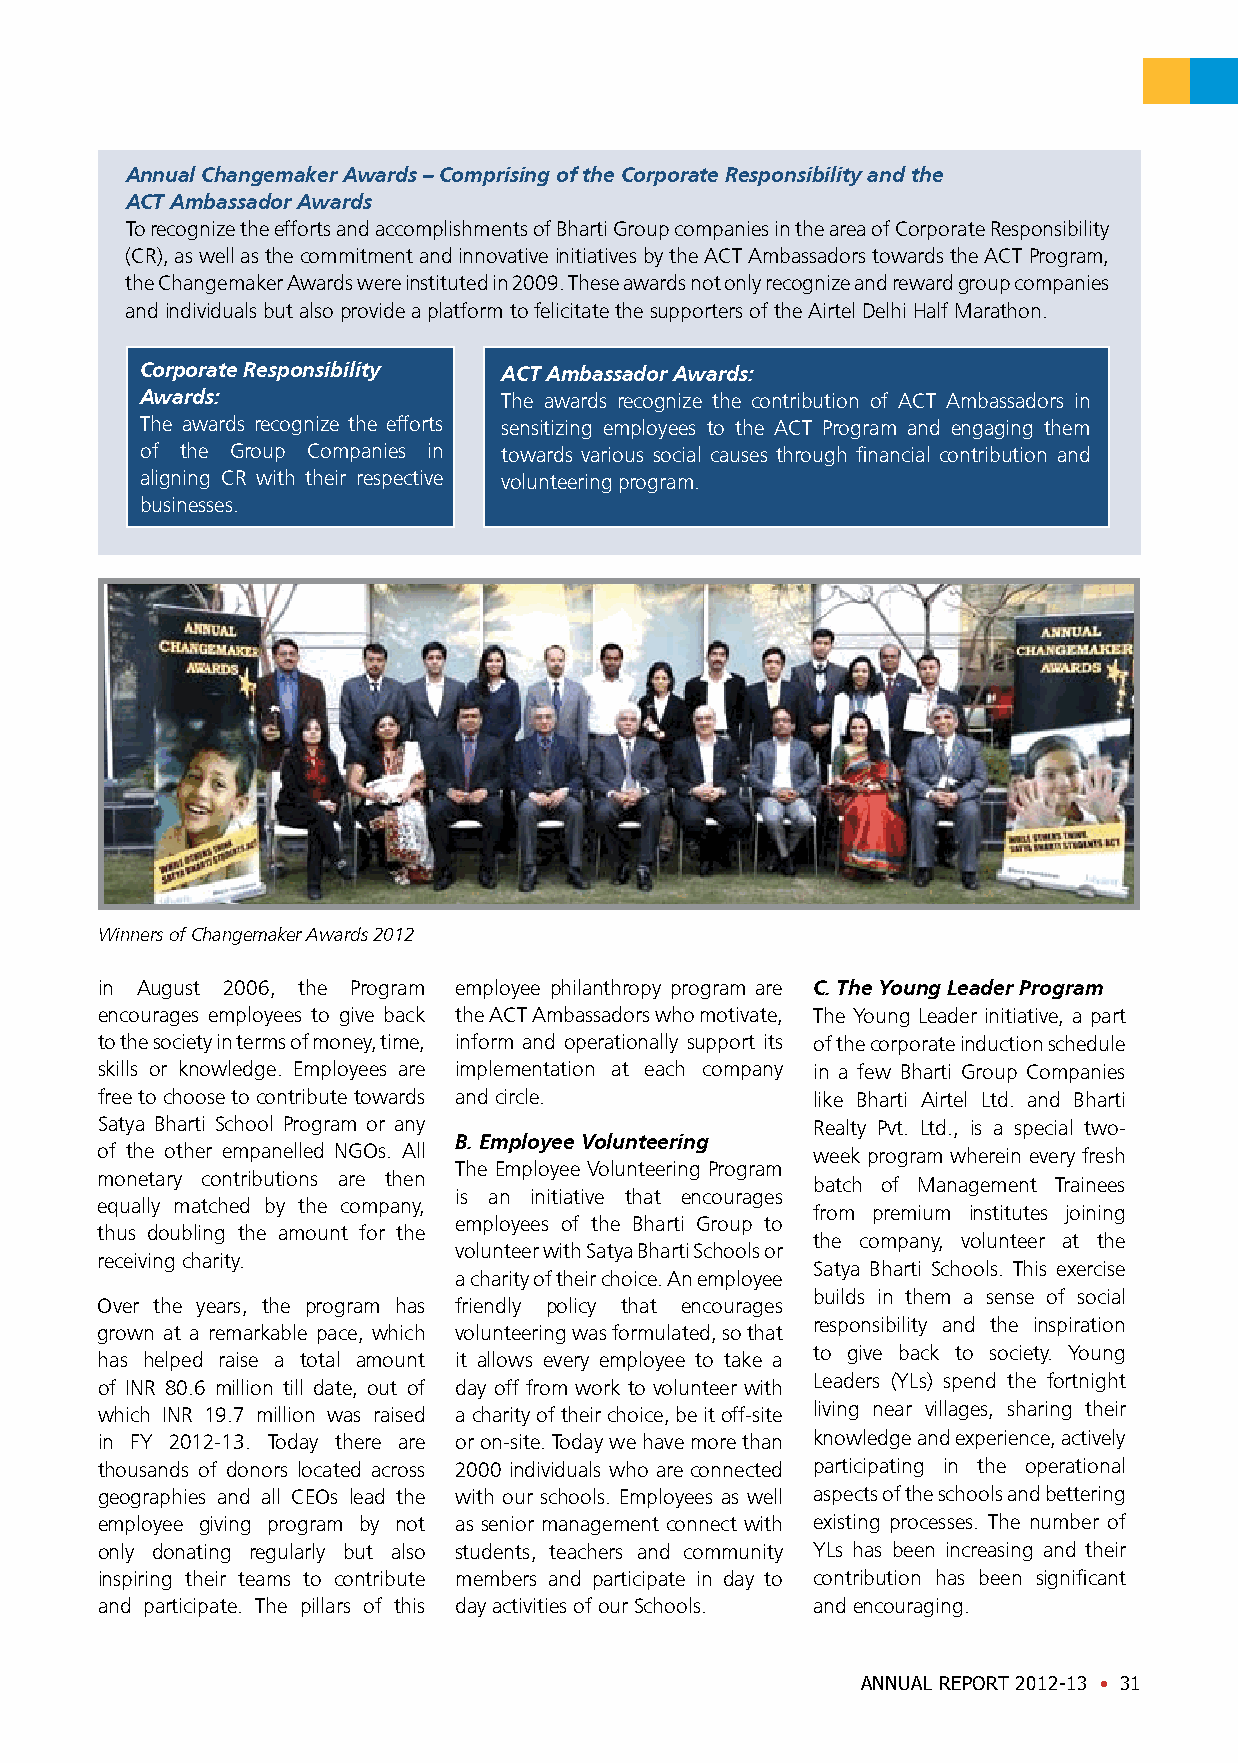
Annual Changemaker Awards – Comprising of the Corporate Responsibility and the
 ACT Ambassador Awards
 To recognize the efforts and accomplishments of Bharti Group companies in the area of Corporate Responsibility
 (CR), as well as the commitment and innovative initiatives by the ACT Ambassadors towards the ACT Program,
 the Changemaker Awards were instituted in 2009. These awards not only recognize and reward group companies
 and individuals but also provide a platform to felicitate the supporters of the Airtel Delhi Half Marathon.
 Corporate Responsibility ACT Ambassador Awards:
 Awards:                 The awards recognize the contribution of ACT Ambassadors in
 The awards recognize the efforts sensitizing employees to the ACT Program and engaging them
 of the Group Companies in towards various social causes through financial contribution and
 aligning CR with their respective volunteering program.
 businesses.
 Winners of Changemaker Awards 2012
 in August 2006, the Program employee philanthropy program are C. The Young Leader Program
 encourages employees to give back the ACT Ambassadors who motivate, The Young Leader initiative, a part
 to the society in terms of money, time, inform and operationally support its of the corporate induction schedule
 skills or knowledge. Employees are implementation at each company in a few Bharti Group Companies
 free to choose to contribute towards and circle. like Bharti Airtel Ltd. and Bharti
 Satya Bharti School Program or any              Realty Pvt. Ltd., is a special two-
 B. Employee Volunteering
 of the other empanelled NGOs. All               week program wherein every fresh
 The Employee Volunteering Program
 monetary contributions are then                 batch of Management Trainees
 is an initiative that encourages
 equally matched by the company,
 from premium institutes joining
 employees of the Bharti Group to
 thus doubling the amount for the
 the company, volunteer at the
 volunteer with Satya Bharti Schools or
 receiving charity.
 Satya Bharti Schools. This exercise
 a charity of their choice. An employee
 builds in them a sense of social
 Over the years, the program has friendly policy that encourages
 responsibility and the inspiration
 grown at a remarkable pace, which volunteering was formulated, so that
 to give back to society. Young
 has helped raise a total amount it allows every employee to take a
 Leaders (YLs) spend the fortnight
 of INR 80.6 million till date, out of day off from work to volunteer with
 which INR 19.7 million was raised a charity of their choice, be it off-site living near villages, sharing their
 in FY 2012-13. Today there are or on-site. Today we have more than knowledge and experience, actively
 thousands of donors located across 2000 individuals who are connected participating in the operational
 geographies and all CEOs lead the with our schools. Employees as well aspects of the schools and bettering
 employee giving program by not as senior management connect with existing processes. The number of
 only donating regularly but also students, teachers and community YLs has been increasing and their
 inspiring their teams to contribute members and participate in day to contribution has been significant
 and participate. The pillars of this day activities of our Schools. and encouraging.
 ANNUAL REPORT 2012-13 • 31